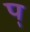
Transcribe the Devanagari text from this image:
प्‌